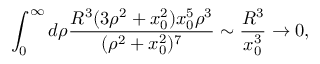
\int _ { 0 } ^ { \infty } d \rho { \frac { R ^ { 3 } ( 3 \rho ^ { 2 } + x _ { 0 } ^ { 2 } ) x _ { 0 } ^ { 5 } \rho ^ { 3 } } { ( \rho ^ { 2 } + x _ { 0 } ^ { 2 } ) ^ { 7 } } } \sim { \frac { R ^ { 3 } } { x _ { 0 } ^ { 3 } } } \rightarrow 0 ,